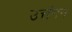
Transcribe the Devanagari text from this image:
उत्तंगन